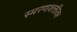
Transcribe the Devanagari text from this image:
स्मरणशक्तीवर